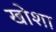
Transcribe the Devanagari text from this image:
खोशा